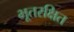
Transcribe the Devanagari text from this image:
भूतरक्षित